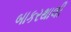
બાકરથાલી